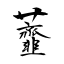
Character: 虀